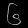
Digit: ၆